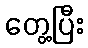
တွေ့ပြီး